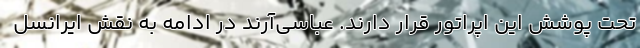
تحت پوشش این اپراتور قرار دارند. عباسی‌آرند در ادامه به نقش ایرانسل